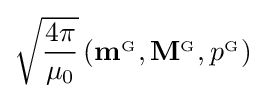
{\sqrt {\frac {4\pi }{\mu _{0}}}}\left(\mathbf {m} ^{_{\mathrm {G} }},\mathbf {M} ^{_{\mathrm {G} }},p^{_{\mathrm {G} }}\right)